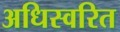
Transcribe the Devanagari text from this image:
अधिस्वरित